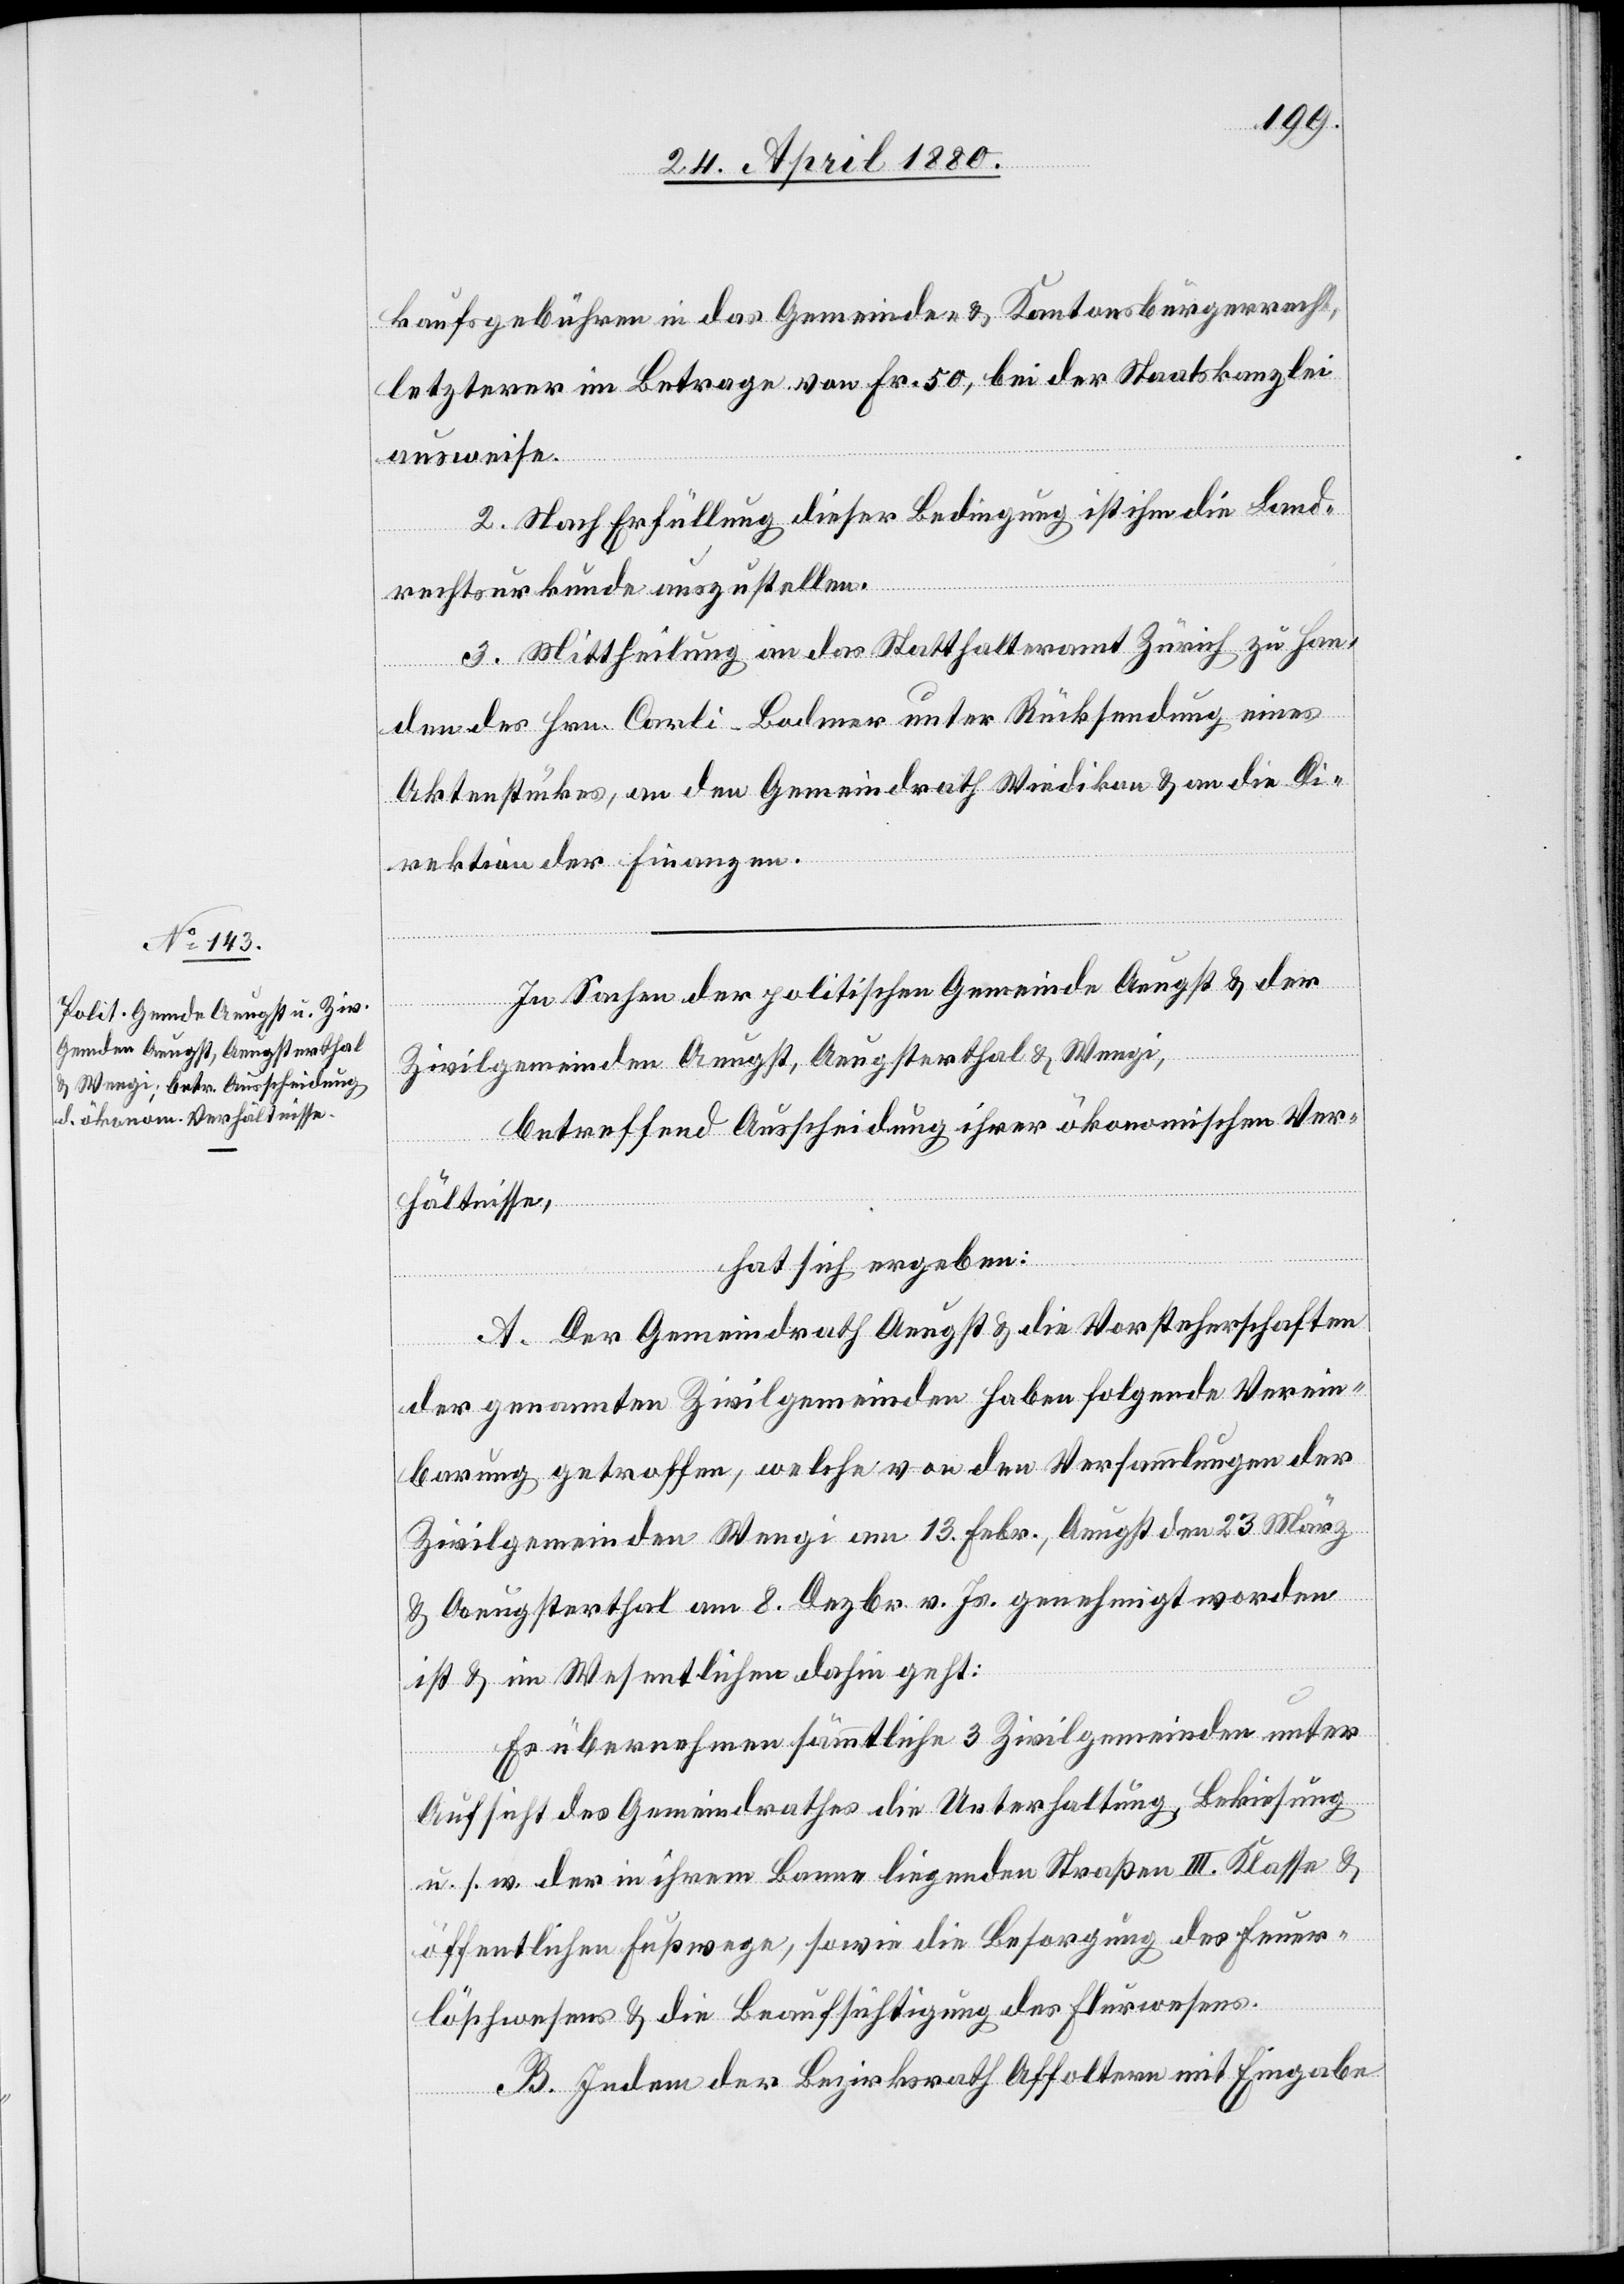
kaufsgebühren in das Gemeinde- & Kantonsbürgerrecht,
letzterer im Betrage von Fr. 50, bei der Staatskanzlei
ausweise.
2. Nach Erfüllung dieser Bedingung ist ihm die Land¬
rechtsurkunde auszustellen.
3. Mittheilung an das Statthalteramt Zürich zu Han¬
den des Hrn. Carli-Bodmer unter Rücksendung eines
Aktenstückes, an den Gemeindrath Wiedikon & an die Di¬
rektion der Finanzen.
In Sachen der politischen Gemeinde Aeugst & der
Zivilgemeinden Aeugst, Aeugsterthal & Wengi,
betreffend Ausscheidung ihrer ökonomischen Ver¬
hältnisse,
hat sich ergeben:
A. Der Gemeindrath Aeugst & die Vorsteherschaften
der genannten Zivilgemeinden haben folgende Verein¬
barung getroffen, welche von den Versammlungen der
Zivilgemeinden Wengi am 13. Febr., Aeugst den 23 März
& Aeugsterthal am 8. Dezbr. v. Js. genehmigt worden
ist & im Wesentlichen dahin geht:
Es übernehmen sämmtliche 3 Zivilgemeinden unter
Aufsicht des Gemeindrathes die Unterhaltung, Bekiesung
u. s. w. der in ihrem Banne liegenden Straßen III: Klasse &
öffentlichen Fußwege, sowie die Besorgung des Feuer¬
löschwesens & die Beaufsichtigung des Flurwesens.
B. Indem der Bezirksrath Affoltern mit Eingabe